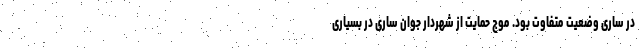
در ساری وضعیت متفاوت بود. موج حمایت از شهردار جوان ساری در بسیاری